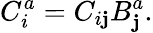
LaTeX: C_{i}^{a}=C_{i\mathbf{j}}B_{\mathbf{j}}^{a}.